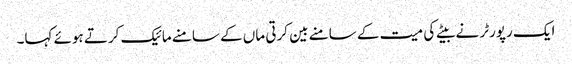
ایک رپورٹر نے بیٹے کی میت کے سامنے بین کرتی ماں کے سامنے مائیک کرتے ہوئے کہا۔